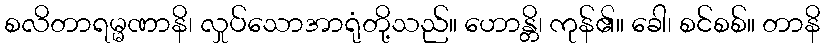
စလိတာရမ္မဏာနိ၊ လှုပ်သောအာရုံတို့သည်။ ဟောန္တိ၊ ကုန်၏။ ခေါ၊ စင်စစ်။ တာနိ